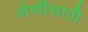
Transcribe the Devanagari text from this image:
लेणींसाठी